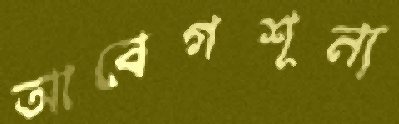
আবেগশূন্য